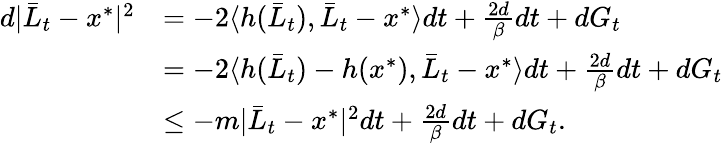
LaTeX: \begin{array}{rl}{d|\bar{L}_{t}-x^{*}|^{2}}&{=-2\langle h(\bar{L}_{t}),\bar{L}_{t}-x^{*}\rangle dt+\frac{2d}{\beta}dt+dG_{t}}\\ &{=-2\langle h(\bar{L}_{t})-h(x^{*}),\bar{L}_{t}-x^{*}\rangle dt+\frac{2d}{\beta}dt+dG_{t}}\\ &{\leq-m|\bar{L}_{t}-x^{*}|^{2}dt+\frac{2d}{\beta}dt+dG_{t}.}\end{array}